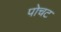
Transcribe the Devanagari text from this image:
पोचट